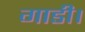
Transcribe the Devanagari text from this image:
गाडी।